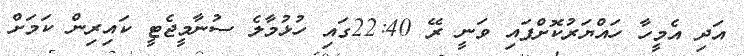
އަދި އެމީހާ ހައްޔަރުކޮށްފައި ވަނީ ރޭ 22:40ގައި ހުޅުމާލެ ސުނާމީޖެޓީ ކައިރިން ކަމަށް